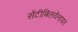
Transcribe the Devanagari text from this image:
सेंटीबिलयेनायर